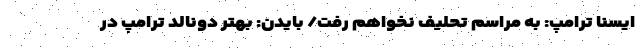
ایسنا ترامپ: به مراسم تحلیف نخواهم رفت/ بایدن: بهتر دونالد ترامپ در